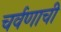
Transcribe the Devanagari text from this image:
चर्वणाची